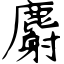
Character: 麝